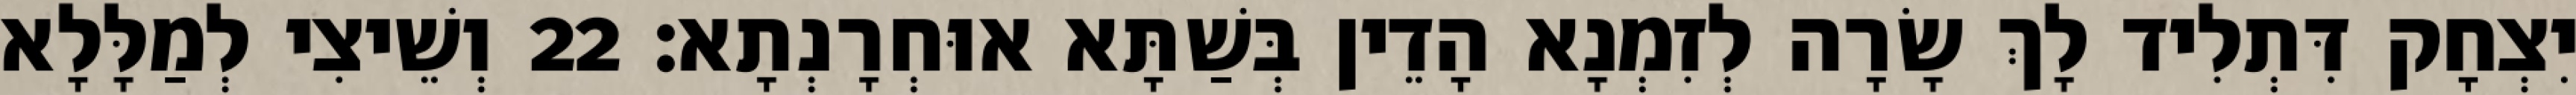
יִצְחָק דִּתְלִיד לָךְ שָׂרָה לְזִמְנָא הָדֵין בְּשַׁתָּא אוּחְרָנְתָא׃ 22 וְשֵׁיצִי לְמַלָּלָא